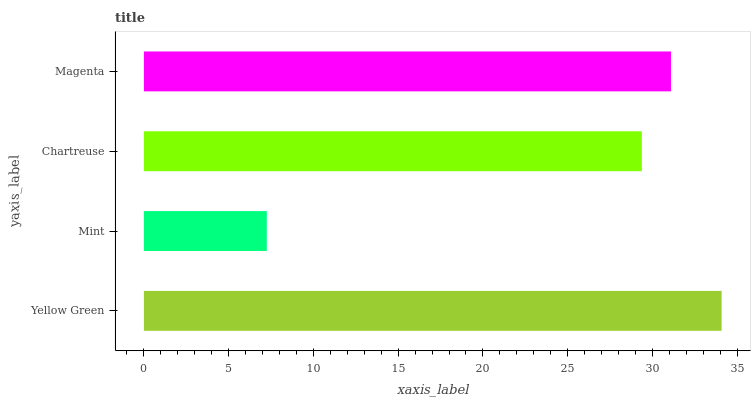
| yaxis_label | bars |
 | --- | --- |
 | Yellow Green | 34.1 |
 | Mint | 7.25 |
 | Chartreuse | 29.4 |
 | Magenta | 31.1 |